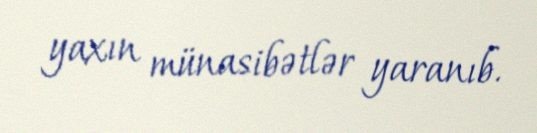
yaxın münasibətlər yaranıb.